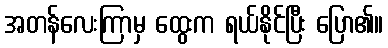
အတန်လေးကြာမှ ထွေးက ရယ်နိုင်ပြီး ပြော၏။